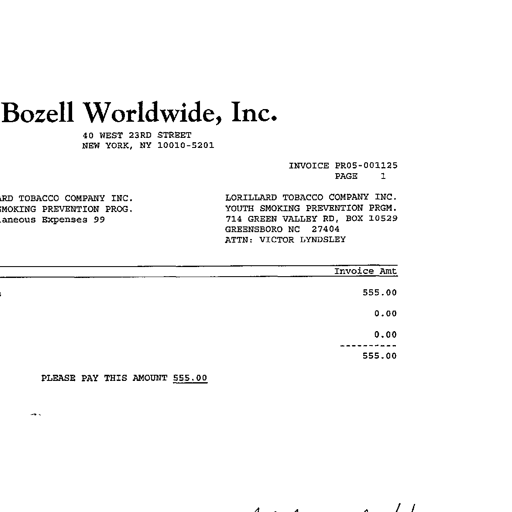
Bozell Worldwide, Inc.
40 WEST 23RD STREET
NEW YORK, NY 10010-5201
INVOICE PR05-001125
PAGE 1
LORILLARD TOBACCO COMPANY INC.
YOUTH SMOKING PREVENTION PRGM.
714 GREEN VALLEY RD, BOX 10529
GREENSBORO NC 27404
ATTN: VICTOR LYNDSLEY
LORILLARD TOBACCO COMPANY INC.
YOUTH SMOKING PREVENTION PROG.
Miscellaneous Expenses 99
Invoice Amt
555.00
0.00
0.00
----------
555.00
PLEASE PAY THIS AMOUNT 555.00